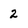
Character: 2